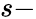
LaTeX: s-